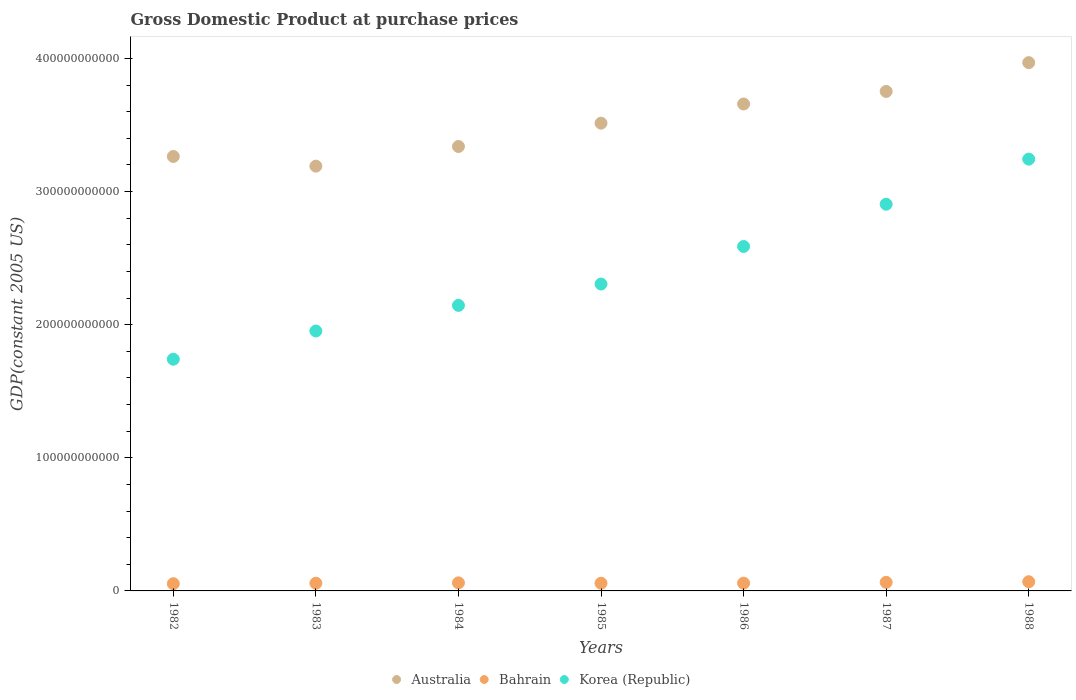
| Years | Australia | Bahrain | Korea (Republic) |
 | --- | --- | --- | --- |
 | 1982 | 3.26e+11 | 5.43e+09 | 1.74e+11 |
 | 1983 | 3.19e+11 | 5.78e+09 | 1.95e+11 |
 | 1984 | 3.34e+11 | 6.07e+09 | 2.15e+11 |
 | 1985 | 3.51e+11 | 5.78e+09 | 2.31e+11 |
 | 1986 | 3.66e+11 | 5.85e+09 | 2.59e+11 |
 | 1987 | 3.75e+11 | 6.45e+09 | 2.91e+11 |
 | 1988 | 3.97e+11 | 6.91e+09 | 3.24e+11 |